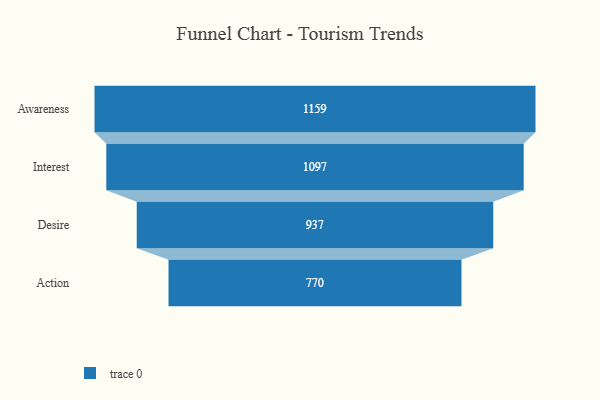
{"axis": {"x": "Stage", "y": "Value"}, "legend": [""], "data": [{"x": "Awareness", "y": 1159.0, "type": ""}, {"x": "Interest", "y": 1097.0, "type": ""}, {"x": "Desire", "y": 937.0, "type": ""}, {"x": "Action", "y": 770.0, "type": ""}]}